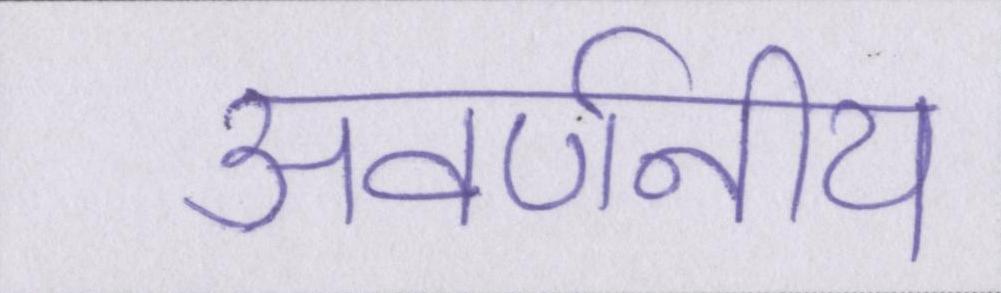
अवर्णनीय